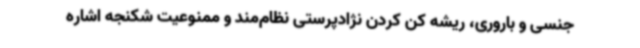
جنسی و باروری، ریشه کن کردن نژادپرستی نظام‌مند و ممنوعیت شکنجه اشاره